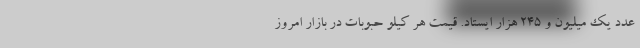
عدد یک میلیون و ٢۴۵ هزار ایستاد. قیمت هر کیلو حبوبات در بازار امروز